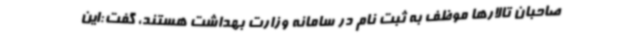
صاحبان تالارها موظف به ثبت نام در سامانه وزارت بهداشت هستند، گفت:این